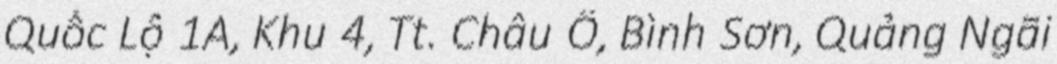
Quốc Lộ 1A, Khu 4, Tt. Châu Ổ, Bình Sơn, Quảng Ngãi